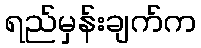
ရည်မှန်းချက်က